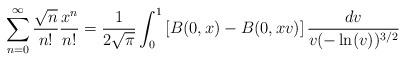
LaTeX: \begin{align*} \sum_{n=0}^{\infty} \frac{\sqrt{n}}{n!}\frac{x^n}{n!}=\frac{1}{2 \sqrt{\pi}} \int_0^1 \left[B(0,x)-B(0,xv) \right] \frac{dv}{v (-\ln(v))^{3/2}}\end{align*}